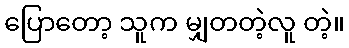
ပြောတော့ သူက မျှတတဲ့လူ တဲ့။